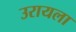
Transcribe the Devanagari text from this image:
उरायला